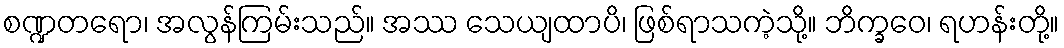
စဏ္ဍတရော၊ အလွန်ကြမ်းသည်။ အဿ သေယျထာပိ၊ ဖြစ်ရာသကဲ့သို့။ ဘိက္ခဝေ၊ ရဟန်းတို့။